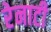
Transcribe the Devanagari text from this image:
रेनाटी